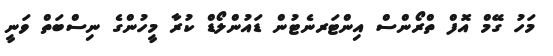
މަހު ގޭމް އޮފް ތްރޯންސް އިންޓަރނެޓުން ޑައުންލޯޑް ކުރާ މީހުންގެ ނިސްބަތް ވަނީ